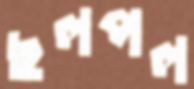
ছলপল